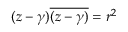
( z - \gamma ) { \overline { { ( z - \gamma ) } } } = r ^ { 2 }